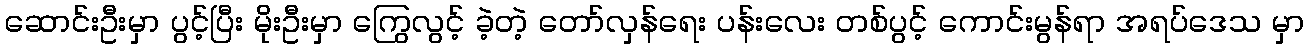
ဆောင်းဦးမှာ ပွင့်ပြီး မိုးဦးမှာ ကြွေလွင့် ခဲ့တဲ့ တော်လှန်ရေး ပန်းလေး တစ်ပွင့် ကောင်းမွန်ရာ အရပ်ဒေသ မှာ